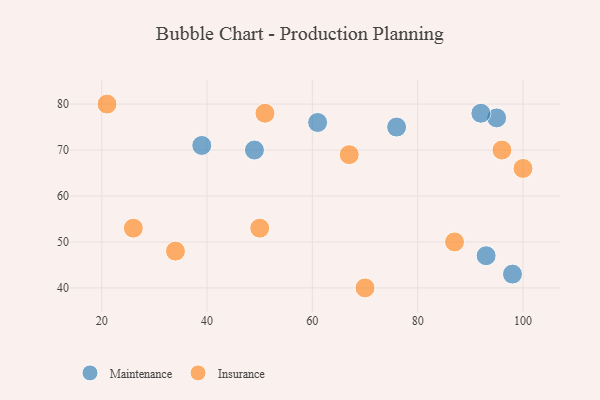
{"axis": {"x": "GDP", "y": "Life Expectancy"}, "legend": ["Insurance", "Maintenance"], "data": [{"x": "93", "y": 47, "type": "Maintenance"}, {"x": "95", "y": 77, "type": "Maintenance"}, {"x": "98", "y": 43, "type": "Maintenance"}, {"x": "39", "y": 71, "type": "Maintenance"}, {"x": "61", "y": 76, "type": "Maintenance"}, {"x": "49", "y": 70, "type": "Maintenance"}, {"x": "76", "y": 75, "type": "Maintenance"}, {"x": "92", "y": 78, "type": "Maintenance"}, {"x": "51", "y": 78, "type": "Insurance"}, {"x": "21", "y": 80, "type": "Insurance"}, {"x": "70", "y": 40, "type": "Insurance"}, {"x": "50", "y": 53, "type": "Insurance"}, {"x": "67", "y": 69, "type": "Insurance"}, {"x": "34", "y": 48, "type": "Insurance"}, {"x": "100", "y": 66, "type": "Insurance"}, {"x": "26", "y": 53, "type": "Insurance"}, {"x": "96", "y": 70, "type": "Insurance"}, {"x": "87", "y": 50, "type": "Insurance"}]}